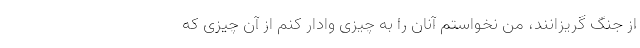
از جنگ گریزانند، من نخواستم آنان را به چیزی وادار کنم از آن چیزی که